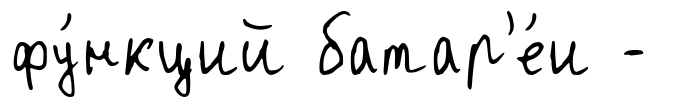
фу́нкций батар'е́и -